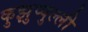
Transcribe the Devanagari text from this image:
कुझुप्पुल्ली